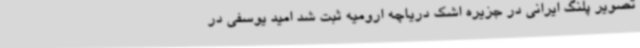
تصویر پلنگ ایرانی در جزیره اشک دریاچه ارومیه ثبت شد امید یوسفی در